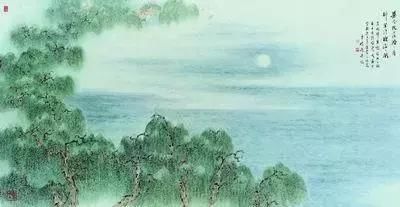
湖光秋月两相和，潭面无风镜未磨。